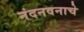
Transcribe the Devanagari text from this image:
नंदनवनाचे